Voru_kinnistusamet, lk 13
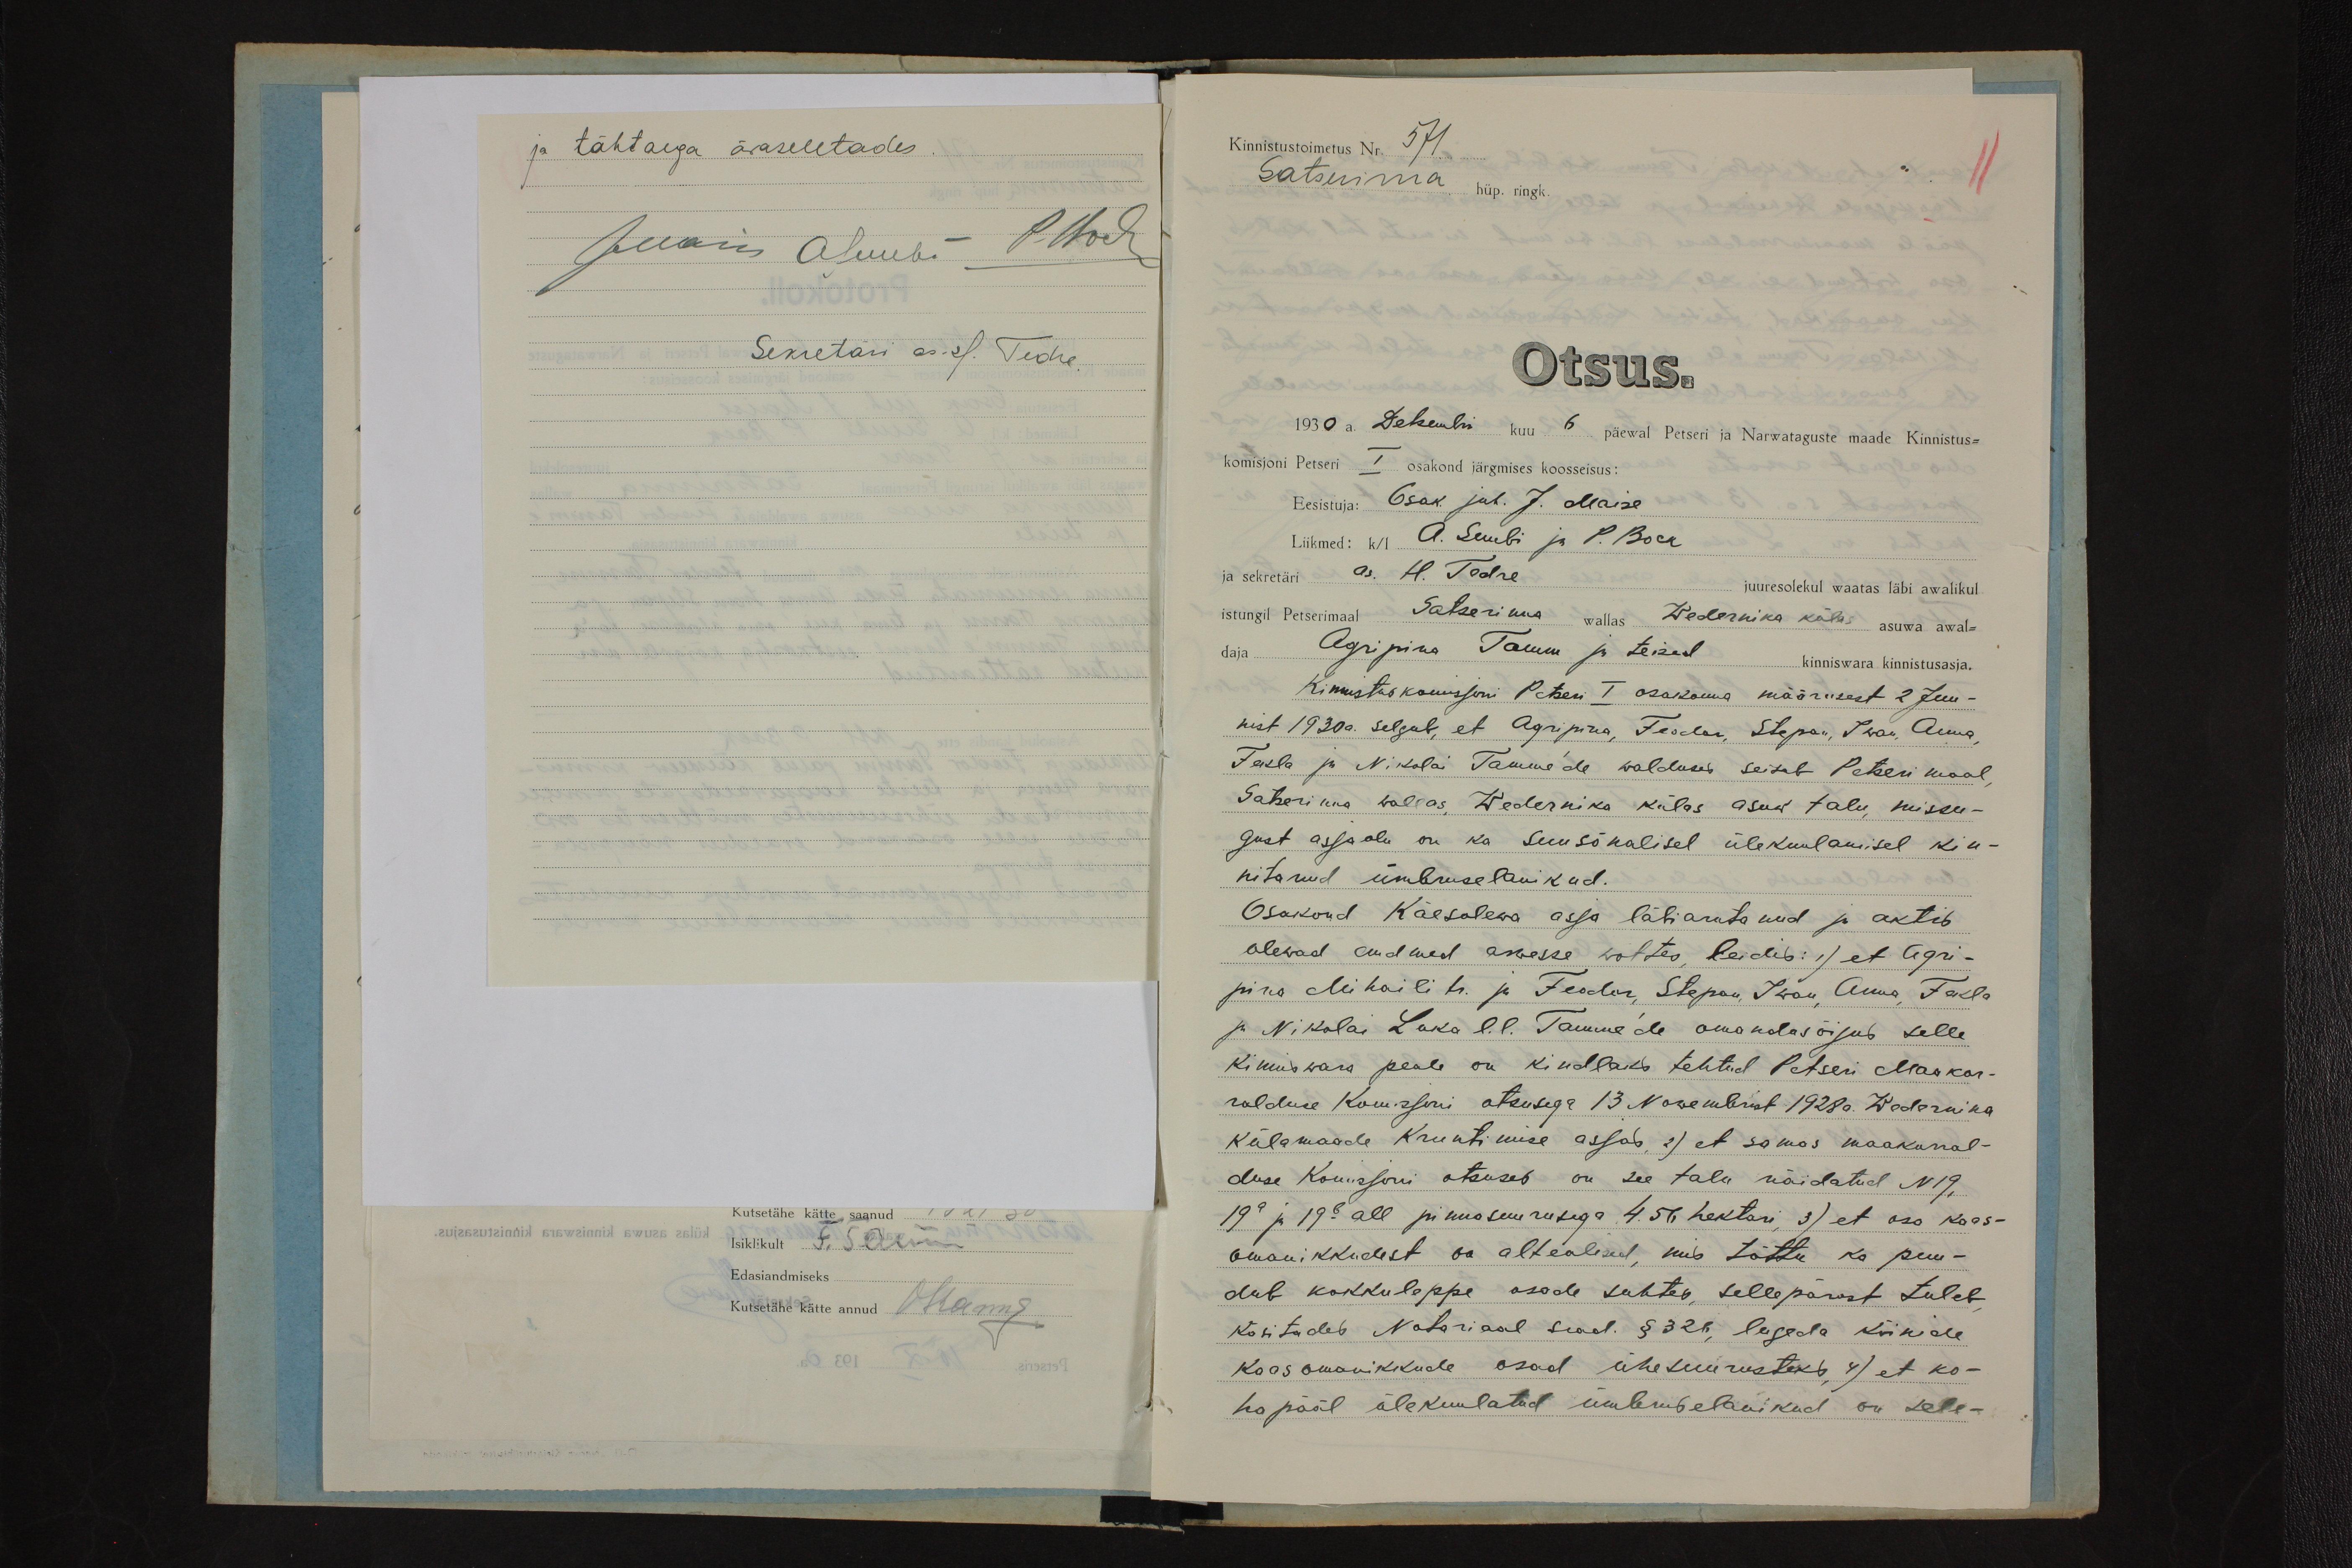
ja tähtaega äraseletades
JMaise A Suubi P. Bock
Sekretäri as. ks. Tedre

Kutsetähe kätte saanud
Isiklikult F. Soom
Edasiandmiseks
Kutsetähe kätte annud Männi

Kinnistustoimetus Nr. 571
Satserinna hüp. ringk.
Otsus.
1930 a. Detsembri kuu 6 päewal Petseri ja Narwataguste maade Kinnistus-
komisjoni Petseri I osakond järgmises koosseisus:
Eesistuja: Osak juh. J. Maise
Liikmed: k/l A. Suubi ja P. Bock
ja sekretäri as. H. Tedre
juuresolekul waatas läbi awalikul
istungil Petserimaal Satserinna wallas Wedernika külas asuwa awal-
daja
Agripina Tamm ja teised kinniswara kinnistuskirja.
Kinnistuskomisjoni Petseri I osakonna määrusest 2 Juu-
nist 1930a. selgub, et Agripina, Feodor, Stepan, Iwan, Anna,
Fekla ja Nikolai Tamme'de walduses seisab Petseri maal,
Satserinna wallas, Wedernika külas asuw talu, missu-
gust asjaolu on ka suusõnalisel ülekuulamisel kin-
nitanud ümbruselanikud.
Osakond Käesolewa asja läbiarutanud ja aktis
olewad andmed arwesse wõttes leidis: 1) et Agri-
pina Mihaili tr. ja Feodor, Stepan, Iwan, Anna, Fekla
ja Nikolai Laka l. l. Tamme'de omandus õigus selle
kinniswara peale on kindlaks tehtud Petseri Maakor-
ralduse Komisjoni otsusega 13 Nowembrist 1928a. Wedernika
külamaade Kruntimise asjas, 2) et samas maakorral-
duse Komisjoni otsuses on see talu näidatud N19,
19a ja 19b all pinnasuurusega 4.56 hektari, 3) et osa kaas-
omanikkudest on altealised, mis tõttu ka puu-
dub kokkuleppe osade suhtes, sellepärast tuleb,
käsitades Notariuse sead. §326, lugeda kõikide
kaasomanikkude osad ühesuurusteks, 4) et ko-
hapääl ülekuulatud ümbruselanikud on sele-